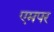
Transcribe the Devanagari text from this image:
एमपर